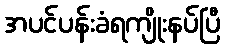
အပင်ပန်းခံရကျိုးနပ်ပြီ